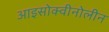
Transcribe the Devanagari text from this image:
आइसोक्वीनोलीन